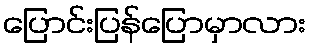
ပြောင်းပြန်ပြောမှာလား